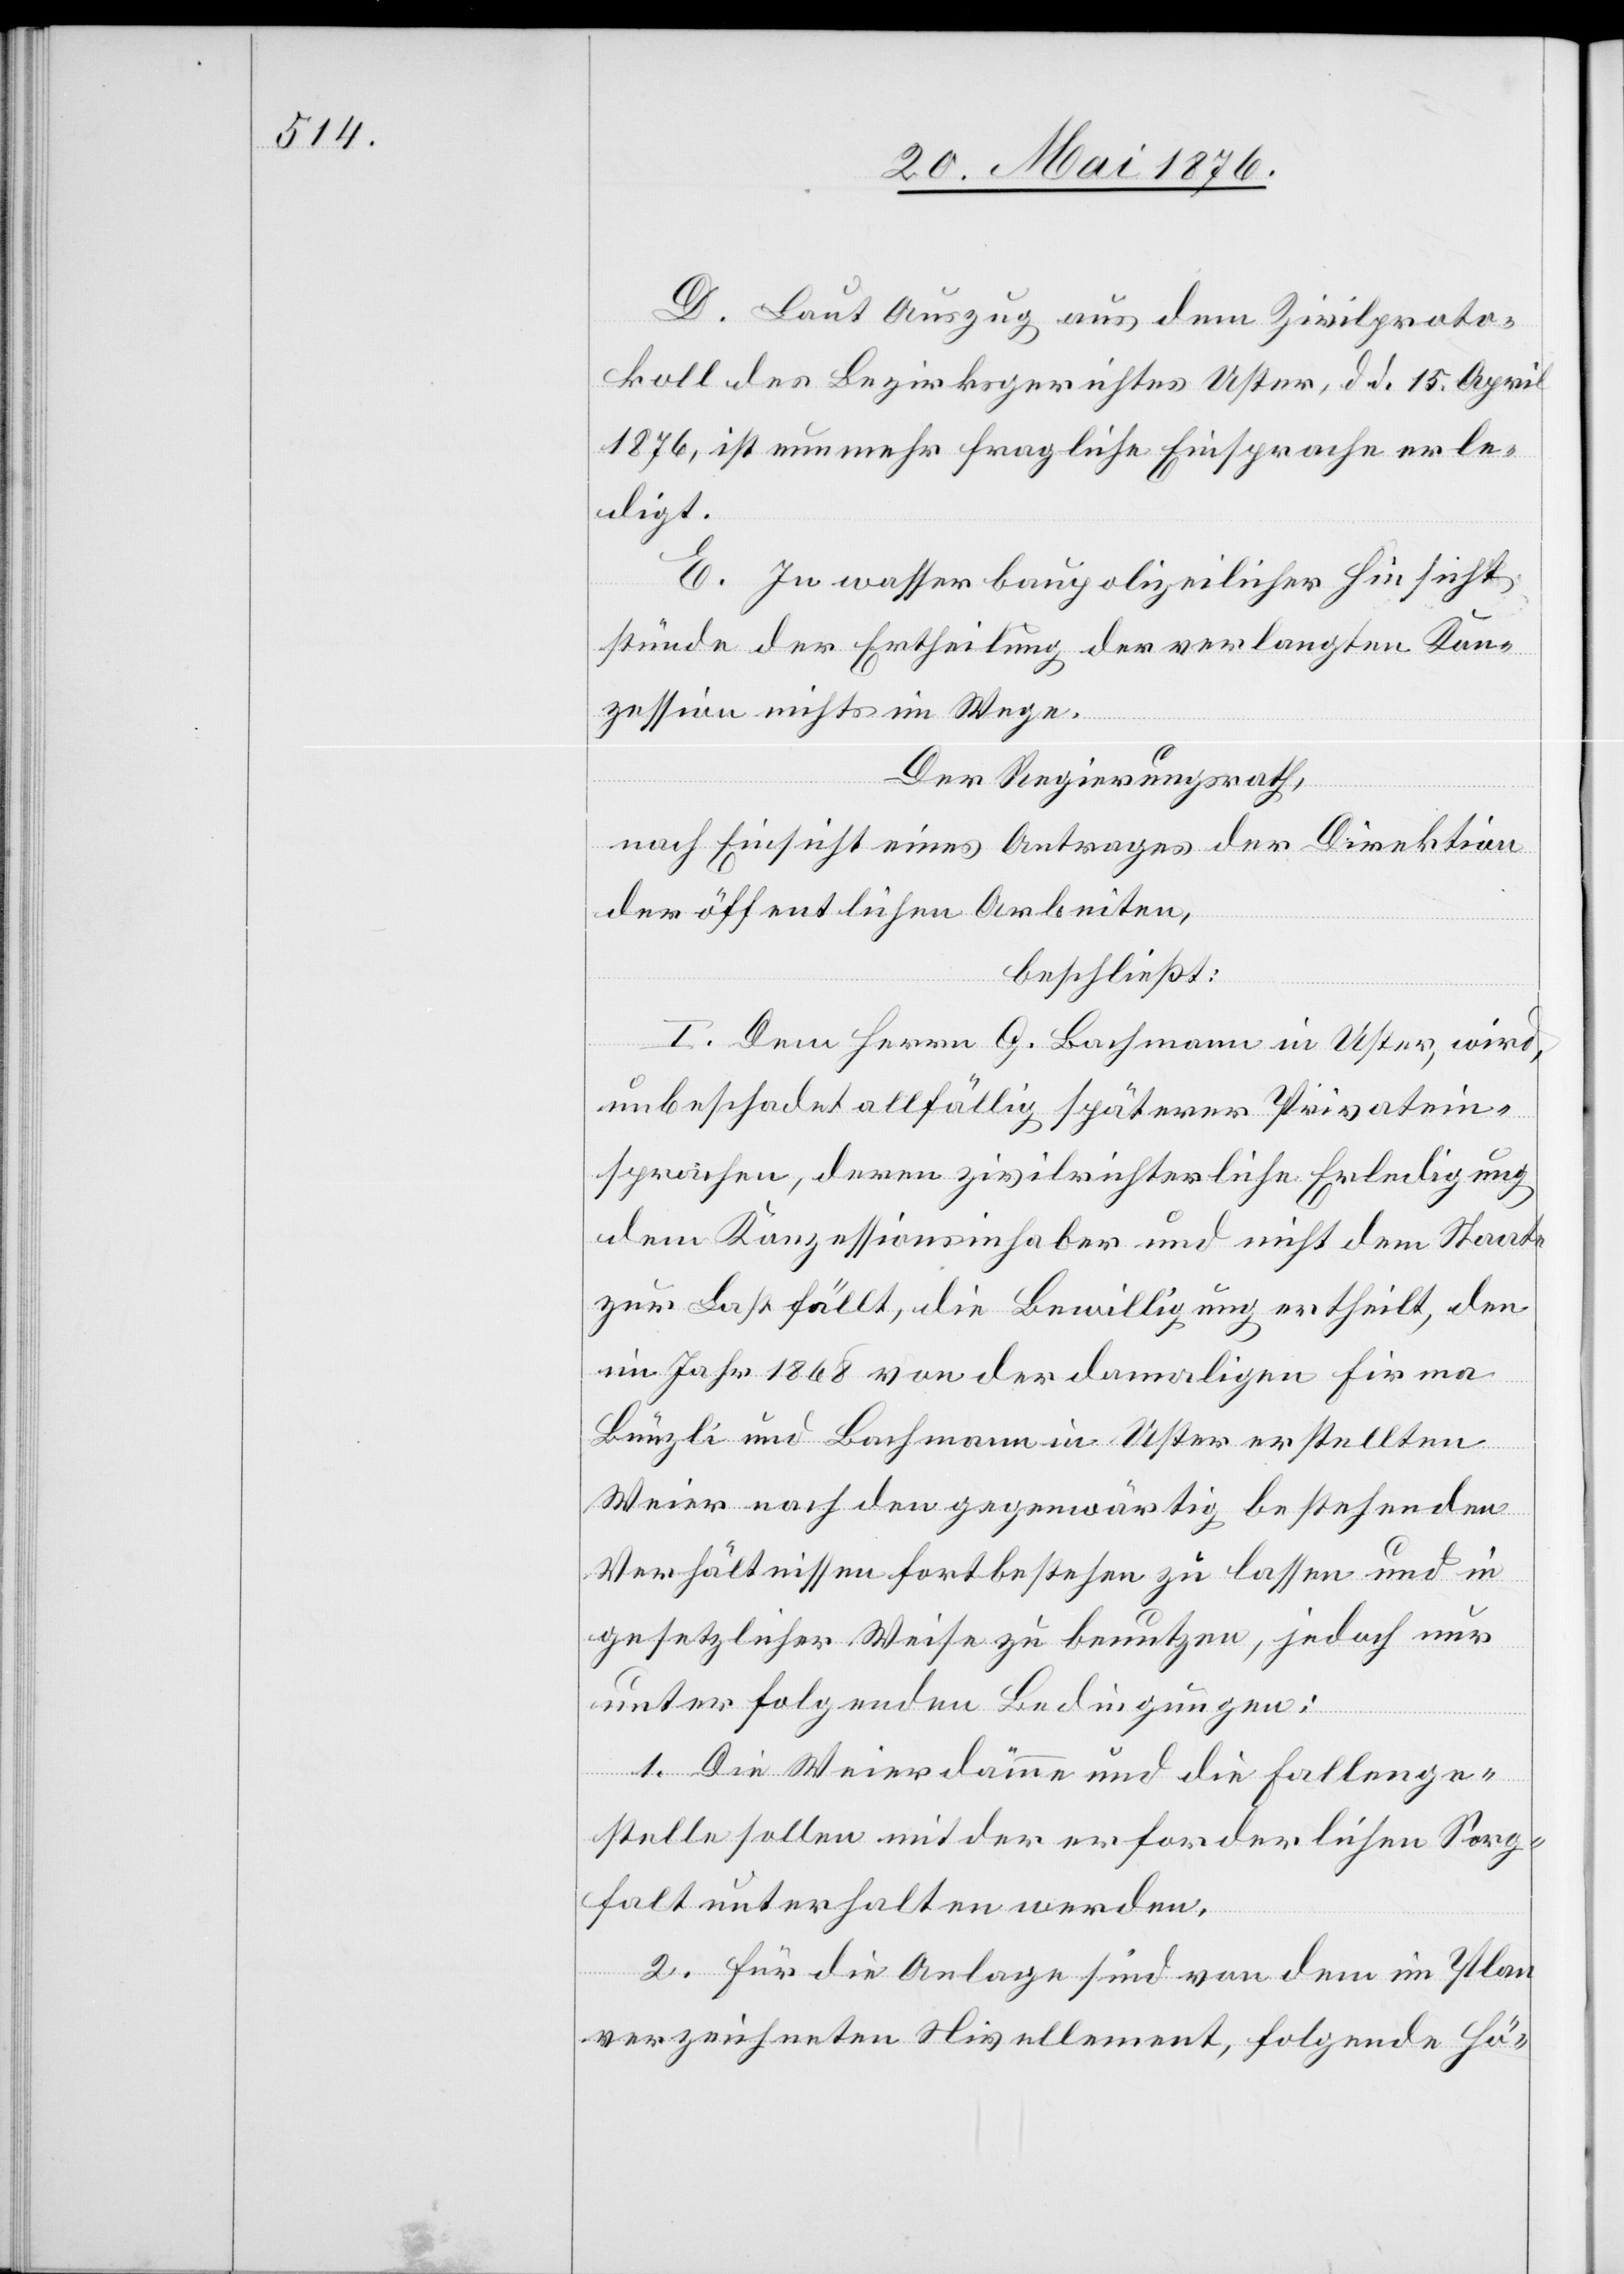
D. Laut Auszug aus dem Zivilproto¬
koll des Bezirksgerichtes Uster, d. d. 25. April
1876, ist nunmehr fragliche Einsprache erle¬
digt.
E. In wasserbaupolizeilicher Hinsicht
stünde der Ertheilung der verlangten Kon¬
zession nichts im Wege.
Der Regierungsrath,
nach Einsicht eines Antrages der Direktion
der öffentlichen Arbeiten,
beschließt:
I. Dem Herrn G. Bachmann in Uster, wird,
unbeschadet allfällig späterer Privatein¬
sprachen, deren zivilrichterliche Erledigung
dem Konzessionsinhaber und nicht dem Staate
zur Last fällt, die Bewilligung ertheilt, den
im Jahr 1868 von der damaligen Firma
Bünzli und Bachmann in Uster erstellten
Weier nach den gegenwärtig bestehenden
Verhältnissen fortbestehen zu lassen und in
gesetzlicher Weise zu benutzen, jedoch nur
unter folgenden Bedingungen:
1. Die Weierdämme und die Fallenge¬
stelle sollen mit der erforderlichen Sorg¬
falt unterhalten werden.
2. Für die Anlage sind von dem im Plan
verzeichneten Nivellement, folgende Hö-